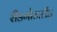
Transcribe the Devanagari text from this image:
रीडगोटालैंड